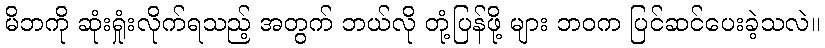
မိဘကို ဆုံးရှုံးလိုက်ရသည့် အတွက် ဘယ်လို တုံ့ပြန်ဖို့ များ ဘဝက ပြင်ဆင်ပေးခဲ့သလဲ။